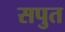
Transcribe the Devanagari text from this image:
सपुत